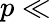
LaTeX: p\ll